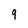
Character: 9